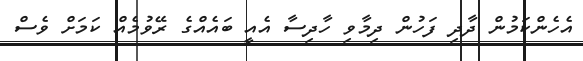
އެހެންކަމުން ދާދި ފަހުން ދިމާވި ހާދިސާ އެއީ ބައެއްގެ ރޭވުމެއް ކަމަށް ވެސް